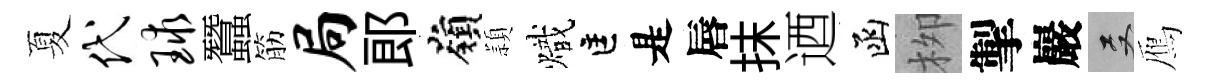
夏代球蠶筋局郞嶺頴熾匡是唇抹迺函栁掣巖双鴈